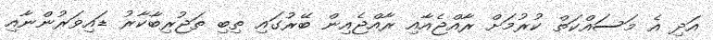
އަދި އެ މަސައްކަތް ކުރުމަށް ރާއްޖެއާއި ރާއްޖެއިން ބޭރުގައި ތިބި ތަޖުރިބާކާރު ޑައިވަރުންނާއި